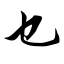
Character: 乜